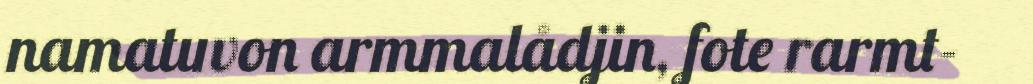
namatuvon armmalådjin, fote rarmt-